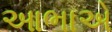
આભાએ